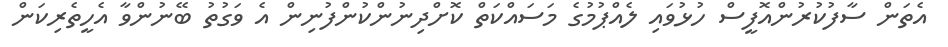
އެތަން ސާފުކުރުންއޮފީސް ހުޅުވައި ލެއްޕުމުގެ މަސައްކަތް ކޮށްދިނުންކުންފުނިން އެ ވަގުތު ބޭނުންވާ އެހީތެރިކަން